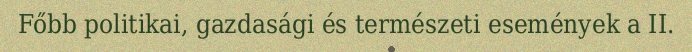
Főbb politikai, gazdasági és természeti események a II.